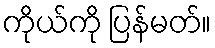
ကိုယ်ကို ပြန်မတ်။